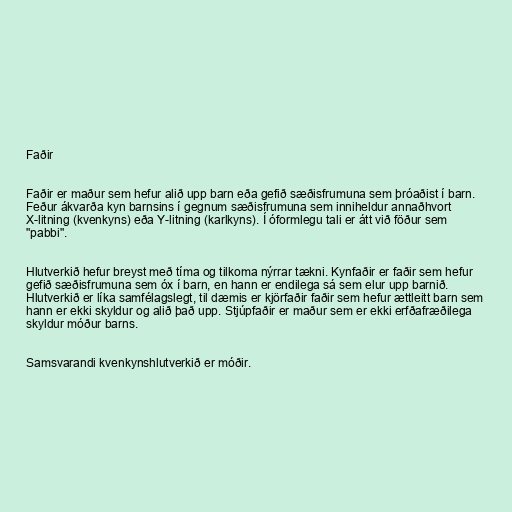
Faðir

Faðir er maður sem hefur alið upp barn eða gefið sæðisfrumuna sem þróaðist í barn.
Feður ákvarða kyn barnsins í gegnum sæðisfrumuna sem inniheldur annaðhvort
X-litning (kvenkyns) eða Y-litning (karlkyns). Í óformlegu tali er átt við föður sem
"pabbi".

Hlutverkið hefur breyst með tíma og tilkoma nýrrar tækni. Kynfaðir er faðir sem hefur
gefið sæðisfrumuna sem óx í barn, en hann er endilega sá sem elur upp barnið.
Hlutverkið er líka samfélagslegt, til dæmis er kjörfaðir faðir sem hefur ættleitt barn sem
hann er ekki skyldur og alið það upp. Stjúpfaðir er maður sem er ekki erfðafræðilega
skyldur móður barns.

Samsvarandi kvenkynshlutverkið er móðir.